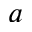
^ a